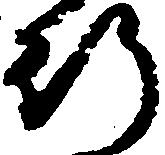
行